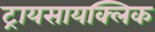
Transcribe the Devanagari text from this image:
ट्रायसायक्लिक